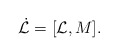
\begin{align*}\dot{{\cal L}}=[{\cal L},M]. \end{align*}